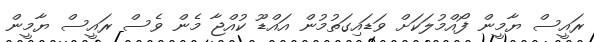
ރައީސް ޔާމީން ފޯއްމުލަކަށް ވަޑައިގަތުމުން އައްޑޫ ކުއްޖާ މެން ވެސް ރައީސް ޔާމީން